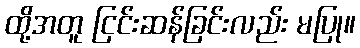
ထို့အတူ ငြင်းဆန်ခြင်းလည်း မပြု။